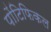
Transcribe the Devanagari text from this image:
पोंटिफिकल